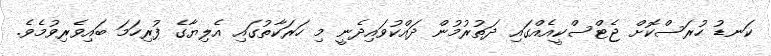
ކަނޑު ހުރަސްކޮށް ޖެޓްސްކީއެއްގައި ދަތުރުމުން ދައްކުވައިދެނީ މި ހަރަކާތުގައި އެލިޔާގެ ފުރިހަމަ ބައިވެރިވުމެވެ.